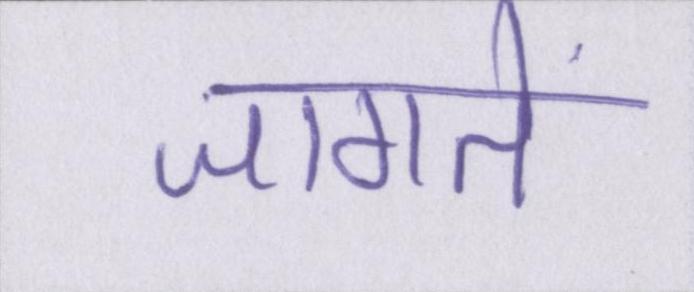
जागते